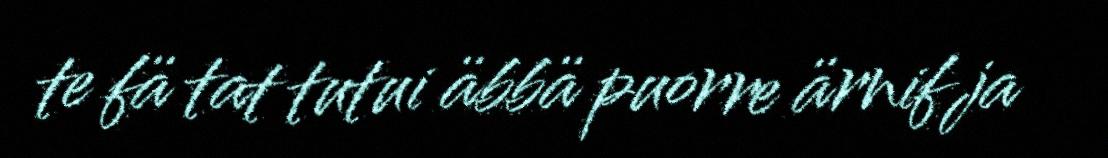
te fä tat tutui äbbä puorre ärnif ja